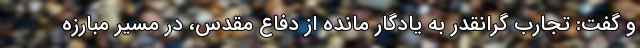
و گفت: تجارب گرانقدر به یادگار مانده از دفاع مقدس، در مسیر مبارزه